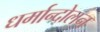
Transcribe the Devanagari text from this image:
धर्मान्दोलन